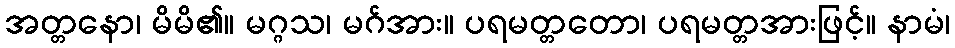
အတ္တနော၊ မိမိ၏။ မဂ္ဂသ၊ မဂ်အား။ ပရမတ္တတော၊ ပရမတ္တအားဖြင့်။ နာမံ၊